Annual report on the working of the mental hospitals in the Madras Presidency - 1912-1932
Year: 1912
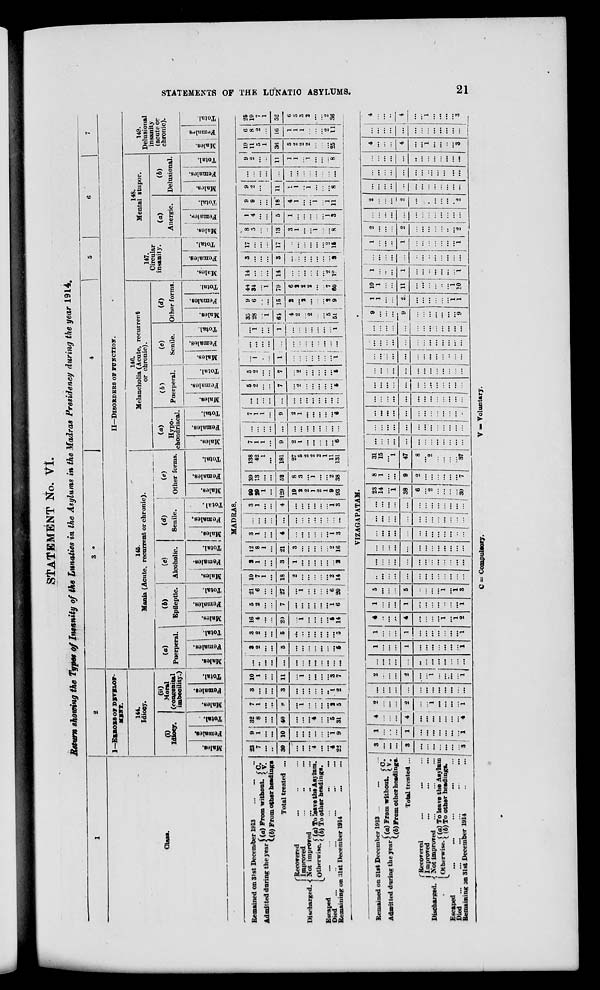
STATEMENTS OF THE LUNATIC ASYLUMS.
21
STATEMENT No. VI.
Return showing the Typs of Insanity of the Lunatics in the Asylums in the Madras Presidency during the year 1914.
1
Class.
2
I—ERRORS OF DEVELOP-
MENT.
144.
Idiocy.
(i)
Idiocy.
Males.
Females.
Total.
(ii)
Moral
(congenital
imbecility.)
Males.
Females.
Total.
3
4
5
6
7
II—DISORDERS OF FUNCTION.
145.
Mania (Acute, recurrent or chronic).
(a)
Puerperal.
Males.
Females.
Total.
Epileptic.
Males.
Females.
Total.
(c)
Alcoholic.
Males.
Females.
Total.
(d)
Senile.
Males.
Females.
Total.
(e)
Other forms.
Males.
Females.
Total.
146.
Melancholia (Acute, recurrent
or chronic).
(a)
Hypo-
chondriacal.
Males.
Females.
Total.
(b)
Puerperal.
Males.
Females.
Total.
(c)
Senile.
Males.
Females.
Total.
(d)
Other forms.
Males.
Females.
Total.
147.
Circular
insanity.
Males.
Females.
Total.
148.
Mental stupor.
(a)
Anergic.
Males.
Females.
Total.
(b)
Delusional.
Males.
Females.
Total.
149.
Delusional
insanity
(acute or
chronic).
Males.
Females.
Total.
MADRAS.
Remained on 31st December 1913
... ... ...
Admitted during the year (a) From without. C. V.
(b) From other headings
Total treated ...
Discharged.
Recovered ... ... ...
Improved ... ... ...
Not improved ... ... ...
Otherwise. (a) To leave the Asylum.
(b) To other headings.
Escaped
...
...
...
...
...
Died
...
...
...
...
...
...
Remaining on 31st December 1914
... ...
23
7
...
...
30
...
...
...
4
...
...
4
22
9
1
...
...
10
...
...
...
...
...
...
1
9
32
8
...
...
40
...
...
...
4
...
...
6
31
7
1
...
...
8
...
1
...
...
...
...
2
5
3
...
...
...
3
...
...
...
...
...
..
1
2
10
1
...
...
11
...
1
...
...
...
...
3
7
...
...
...
...
...
...
...
...
...
...
...
...
...
3
2
...
...
5
...
...
...
...
...
...
...
5
3
2
...
...
5
...
...
...
...
...
...
...
5
16
4
...
...
20
1
...
...
...
...
5
14
15
2
... ...
7
...
...
...
...
...
...
1
6
21
6 ...
...
27
...
1
...
...
...
...
6
20
10
7
1
...
18
2
...
...
...
...
...
2
14
2
1
...
...
3
1
...
...
...
...
...
...
2
12
8
1
...
21
3
...
...
...
...
...
2
16
3
1
...
...
4
...
...
...
...
...
...
1
3
...
...
...
....
...
...
...
...
...
...
...
...
...
3
1
...
...
4
...
...
...
...
...
...
1
3
99
29
1
...
129
19
2
2
1
2
1
9
93
39
13
...
...
52
8
3
...
1
...
...
2
38
138
42
1
...
181
27
5
2
2
2
1
11
131
7
1
1
...
9
2
1
...
...
...
...
...
6
...
...
...
...
...
...
...
...
...
...
...
...
...
7
1
1
...
9
2
1
...
...
...
...
...
6
...
...
...
...
...
...
...
...
...
...
...
...
...
5
2
...
...
7
...
2
...
...
...
...
...
5
5
2
...
...
7
...
2
...
...
...
...
...
5
...
1
...
...
1
...
...
...
...
...
...
...
1
...
...
...
...
...
...
...
...
...
...
...
...
...
...
1
...
...
1
...
...
...
...
...
...
...
1
35
28
...
1
64
4
2
...
2
...
...
5
51
9
6
...
...
15
2
...
3
...
...
...
2
9
44
34
...
1
79
6
2
2
2
...
...
7
60
14
...
...
...
14
...
...
...
...
...
...
2
12
3
...
...
...
3
...
...
...
...
...
...
...
3
17
...
...
...
17
...
...
...
...
...
...
2
15
8
5
...
13
3
1
...
...
1
...
... 8
1
4
...
...
5
1
...
...
...
...
...
1
3
9
9
...
...
18
4
1
...
...
1
...
1
11
9
2
...
...
11
1
1
...
1
...
...
...
8
...
...
...
...
...
...
...
...
...
...
...
...
...
9
2
...
...
11
1
1
...
1
...
...
...
8
19
11
5
1
36
5
2
2
2
...
...
...
25
6
8
2
...
16
1
1
1
...
...
...
2
11
25
19
7
1
52
6
3
3
2
...
...
2
36
VIZAGAPATAM.
Remained on 31st December 1913 ... ... ...
Admitted during the year (a) From without. C. V.
(b) From other headings.
Total treated ...
Discharged.
Recovered ... ... ...
Improved ... ... ...
Not improved ... ... ... ...
Otherwise. (a) To leave the Asylum
(b) To other headings.
Escaped
...
...
...
...
...
Died ... ... ... ... ... ... .... ... ...
Remaining on 31st December 1914 ... ...
3
...
...
...
3
...
...
...
...
...
...
...
3
1
...
...
...
1
...
...
...
...
...
...
...
1
4
...
...
...
4
...
...
...
...
...
...
...
4
2
...
...
...
2
...
...
1
...
...
...
...
1
...
...
...
...
...
...
...
...
...
...
...
...
2
...
...
...
2
....
...
1
...
...
...
...
1
...
...
...
...
...
...
...
...
...
...
...
...
...
1
...
...
...
1
...
...
...
...
...
...
...
1
1
...
...
...
1
...
...
...
...
...
...
..:
1
4
. ..
...
...
4
...
...
...
...
1
...
1
2
1
...
...
...
1
...
...
...
...
..
...
...
1
5
...
...
...
5
..
...
...
...
1
...
1
3
...
...
...
...
...
...
...
...
...
...
...
...
...
...
...
...
...
...
...
...
...
...
...
...
...
...
...
...
...
...
...
...
...
...
...
...
...
...
...
...
...
...
...
...
...
...
...
...
...
...
...
...
...
...
...
...
...
...
...
...
...
...
...
...
...
...
...
...
...
...
...
...
...
...
...
...
...
...
23
14
...
1
38
6
...
2
...
...
...
...
30
8
1
...
...
9
2
...
...
...
...
...
...
7
31 15
...
1
47
8
...
2
...
...
...
...
37
...
...
...
...
...
...
...
...
...
...
...
...
...
...
...
...
...
...
...
...
...
...
...
...
...
...
...
...
...
...
...
...
...
...
...
...
...
...
...
...
...
...
...
...
...
...
...
...
...
...
...
...
...
...
...
...
...
...
...
...
...
...
...
...
...
...
...
...
...
...
...
...
...
...
...
...
...
...
...
...
...
...
...
...
...
...
...
...
..
...
...
...
...
...
...
...
...
...
...
...
...
...
...
...
...
...
...
...
...
...
...
...
...
...
...
...
...
9
...
...
...
9
...
...
...
...
...
...
...
9
1
1
...
...
2
...
...
...
...
...
...
1
1
10
1
...
...
11
...
...
...
...
...
...
1
10
1
...
...
...
1
...
...
...
...
...
...
...
1
...
...
...
...
...
...
...
...
...
...
...
...
...
1
...
...
...
1
...
...
...
...
...
...
...
1
2
...
...
...
2
...
...
...
...
...
...
...
2
...
...
...
...
...
...
...
...
...
...
...
...
...
2
...
...
...
2
...
...
...
...
...
...
...
2
...
...
...
...
...
...
...
...
...
...
...
...
...
...
...
...
...
...
...
...
...
...
...
...
...
...
...
...
...
...
...
...
...
...
...
...
...
...
...
4
...
...
...
4
...
...
1
...
...
...
...
3
...
...
...
...
...
...
...
...
...
...
...
...
...
4
...
...
...
4
...
...
1
...
...
...
...
3
C = Compulsory.
V = Voluntary.